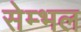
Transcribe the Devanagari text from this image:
सेम्भल